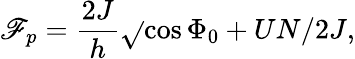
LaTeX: \mathscr{F}_{p}=\frac{{2J}}{{h}}\sqrt{}{{\cos\Phi_{0}+UN/2J}},